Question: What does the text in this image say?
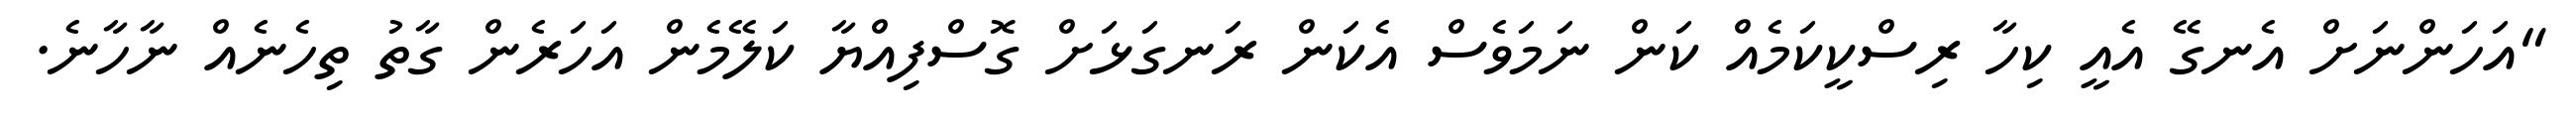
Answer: "އަހަންނަށް އެނގޭ އެއީ ކިހާ ރިސްކީކަމެއް ކަން ނަމަވެސް އެކަން ރަނގަޅަށް ގޮސްފިއްޔާ ކަލޭމެން އަހަރެން ގާތު ތިހެނެއް ނާހާނެ.